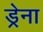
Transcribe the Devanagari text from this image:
ड्रेना